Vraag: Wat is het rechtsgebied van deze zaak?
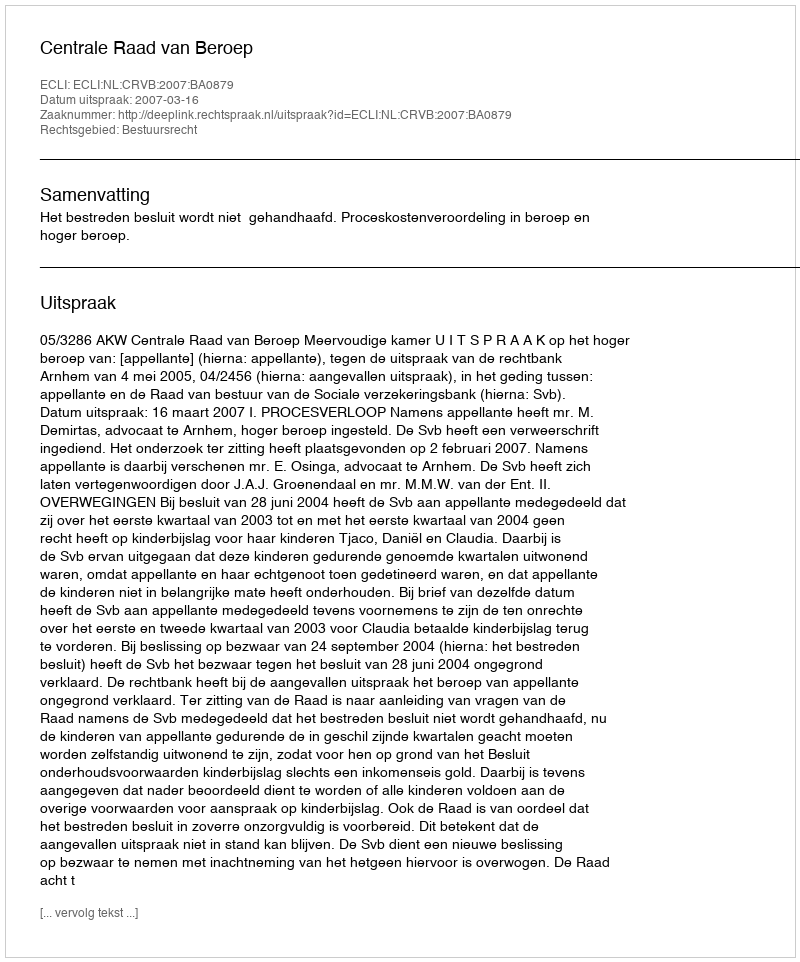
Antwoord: Bestuursrecht